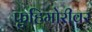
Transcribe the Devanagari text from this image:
फुहिमोरीवर